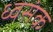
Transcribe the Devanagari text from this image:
ध्वसंक